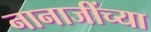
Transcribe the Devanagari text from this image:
नानाजींच्या